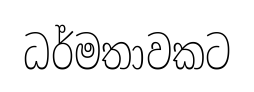
ධර්මතාවකට